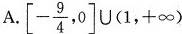
A.[ $$\left[ - \frac{ 9 } { 4 },0 \right] \cup ( 1,+ \infty )$$